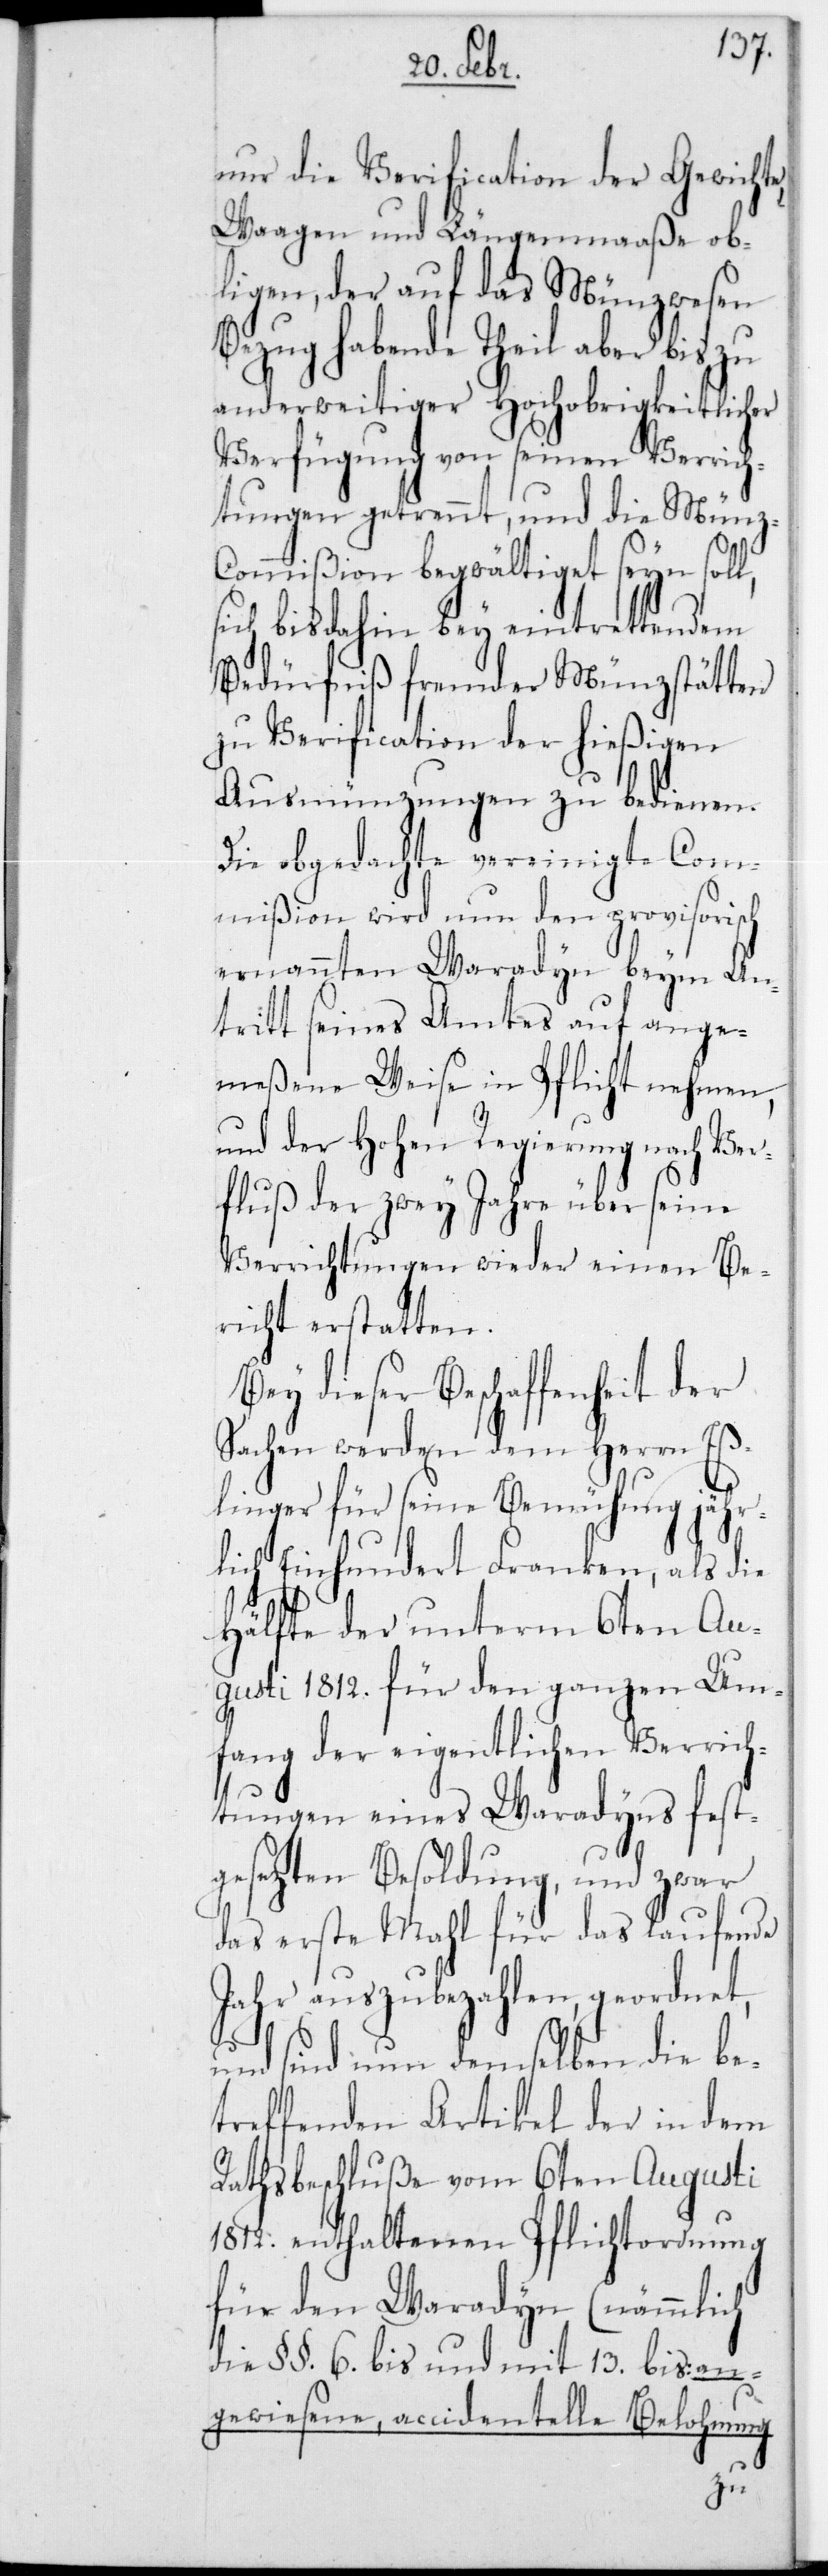
nur die Verification der Gewichte,
Waagen und Längenmaaße ob¬
liegen, der auf das Münzwesen
Bezug habende Theil aber bis zu
anderweitiger Hochobrigkeitlicher
Verfügung von seinen Verrich¬
tungen getrennt, und die Münz-C¬
ommißion begwältiget seyn soll,
sich bis dahin bey eintrettendem
Bedürfniß fremder Münzstätten
zu Verification der hießigen
Ausmünzungen zu bedienen.
Die obgedachte vereinigte Com¬
mißion wird nun den provisorisch
ernannten Waradyn beym An¬
tritt seines Amtes auf ange¬
meßene Weise in Pflicht nehmen,
und der Hohen Regierung nach Ver¬
fluß der zwey Jahre über seine
Verrichtungen wieder einen Be¬
richt erstatten.
Bey dieser Beschaffenheit der
Sachen werden dem Herrn Eß¬
linger für seine Bemühung jähr¬
lich Einhundert Franken, als die
Hälfte der unterm 6ten Au¬
gusti 1812 für den ganzen Um¬
fang der eigentlichen Verrich¬
tungen eines Waradyns fest¬
gesezten Besoldung, und zwar
das erste Mahl für das laufende
Jahr auszubezahlen, geordnet,
und sind nun demselben die be¬
treffenden Artikel der in dem
Rathsbeschluße vom 6ten Augusti
1812 enthaltenen Pflichtordnung
für den Waradyn (nämmlich
die §§ 6 bis und mit 13 bis: an¬
gewiesene, accidentelle Belohnung